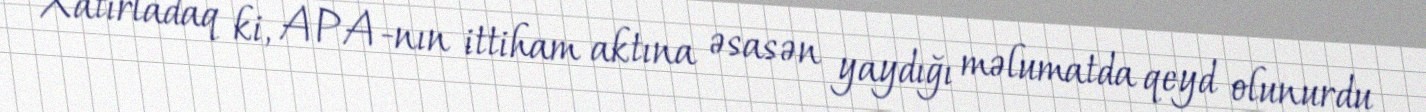
Xatırladaq ki, APA-nın ittiham aktına əsasən yaydığı məlumatda qeyd olunurdu